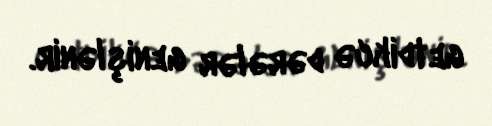
getdikcə dərələr genişlənir.